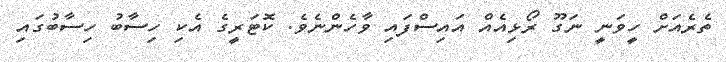
ތެރެއަށް ހީވަނީ ނަގޫ ރޯޅިއެއް އައިސްފައި ވާހެންނެވެ. ކޮޓަރީގެ އެކި ހިސާބު ހިސާބުގައި